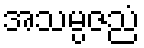
အသမ္ပဇညံ